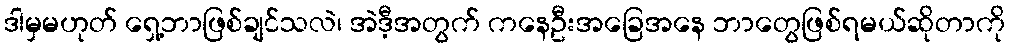
ဒါမှမဟုတ် ရှေ့ဘာဖြစ်ချင်သလဲ၊ အဲဒီ့အတွက် ကနေဦးအခြေအနေ ဘာတွေဖြစ်ရမယ်ဆိုတာကို